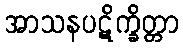
အာသနပဋိက္ခိတ္တာ